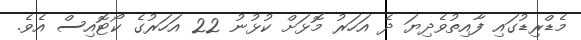
މެޑްރިޑުގައި ފާއިތުވެދިޔަ ދެ އަހަރު މޮޅަށް ކުޅުނު 22 އަހަރުގެ ކޯޓޮއިސް އެވެ.